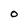
Character: O